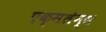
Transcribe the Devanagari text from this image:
एक्सलेन्स